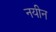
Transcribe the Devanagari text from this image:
नयीन